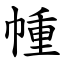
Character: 㡖